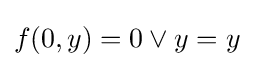
f(0,y)=0\lor y=y